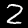
Label: 2